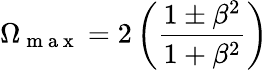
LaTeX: \Omega_{\mathrm{~m~a~x~}}=2\left(\frac{1\pm\beta^{2}}{1+\beta^{2}}\right)